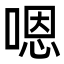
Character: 嗯